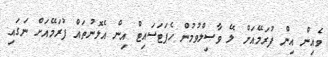
ވެއިން އިން ފުރަމޭއަށް ލޭ ވާޞިލްވުމުން ހެޕަޓަސައިޓް އިން އެލޮނުތައް ފުރަމޭއަށް ނަގައި